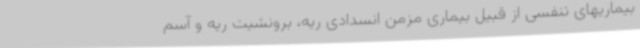
بیماریهای تنفسی از قبیل بیماری مزمن انسدادی ریه، برونشیت ریه و آسم